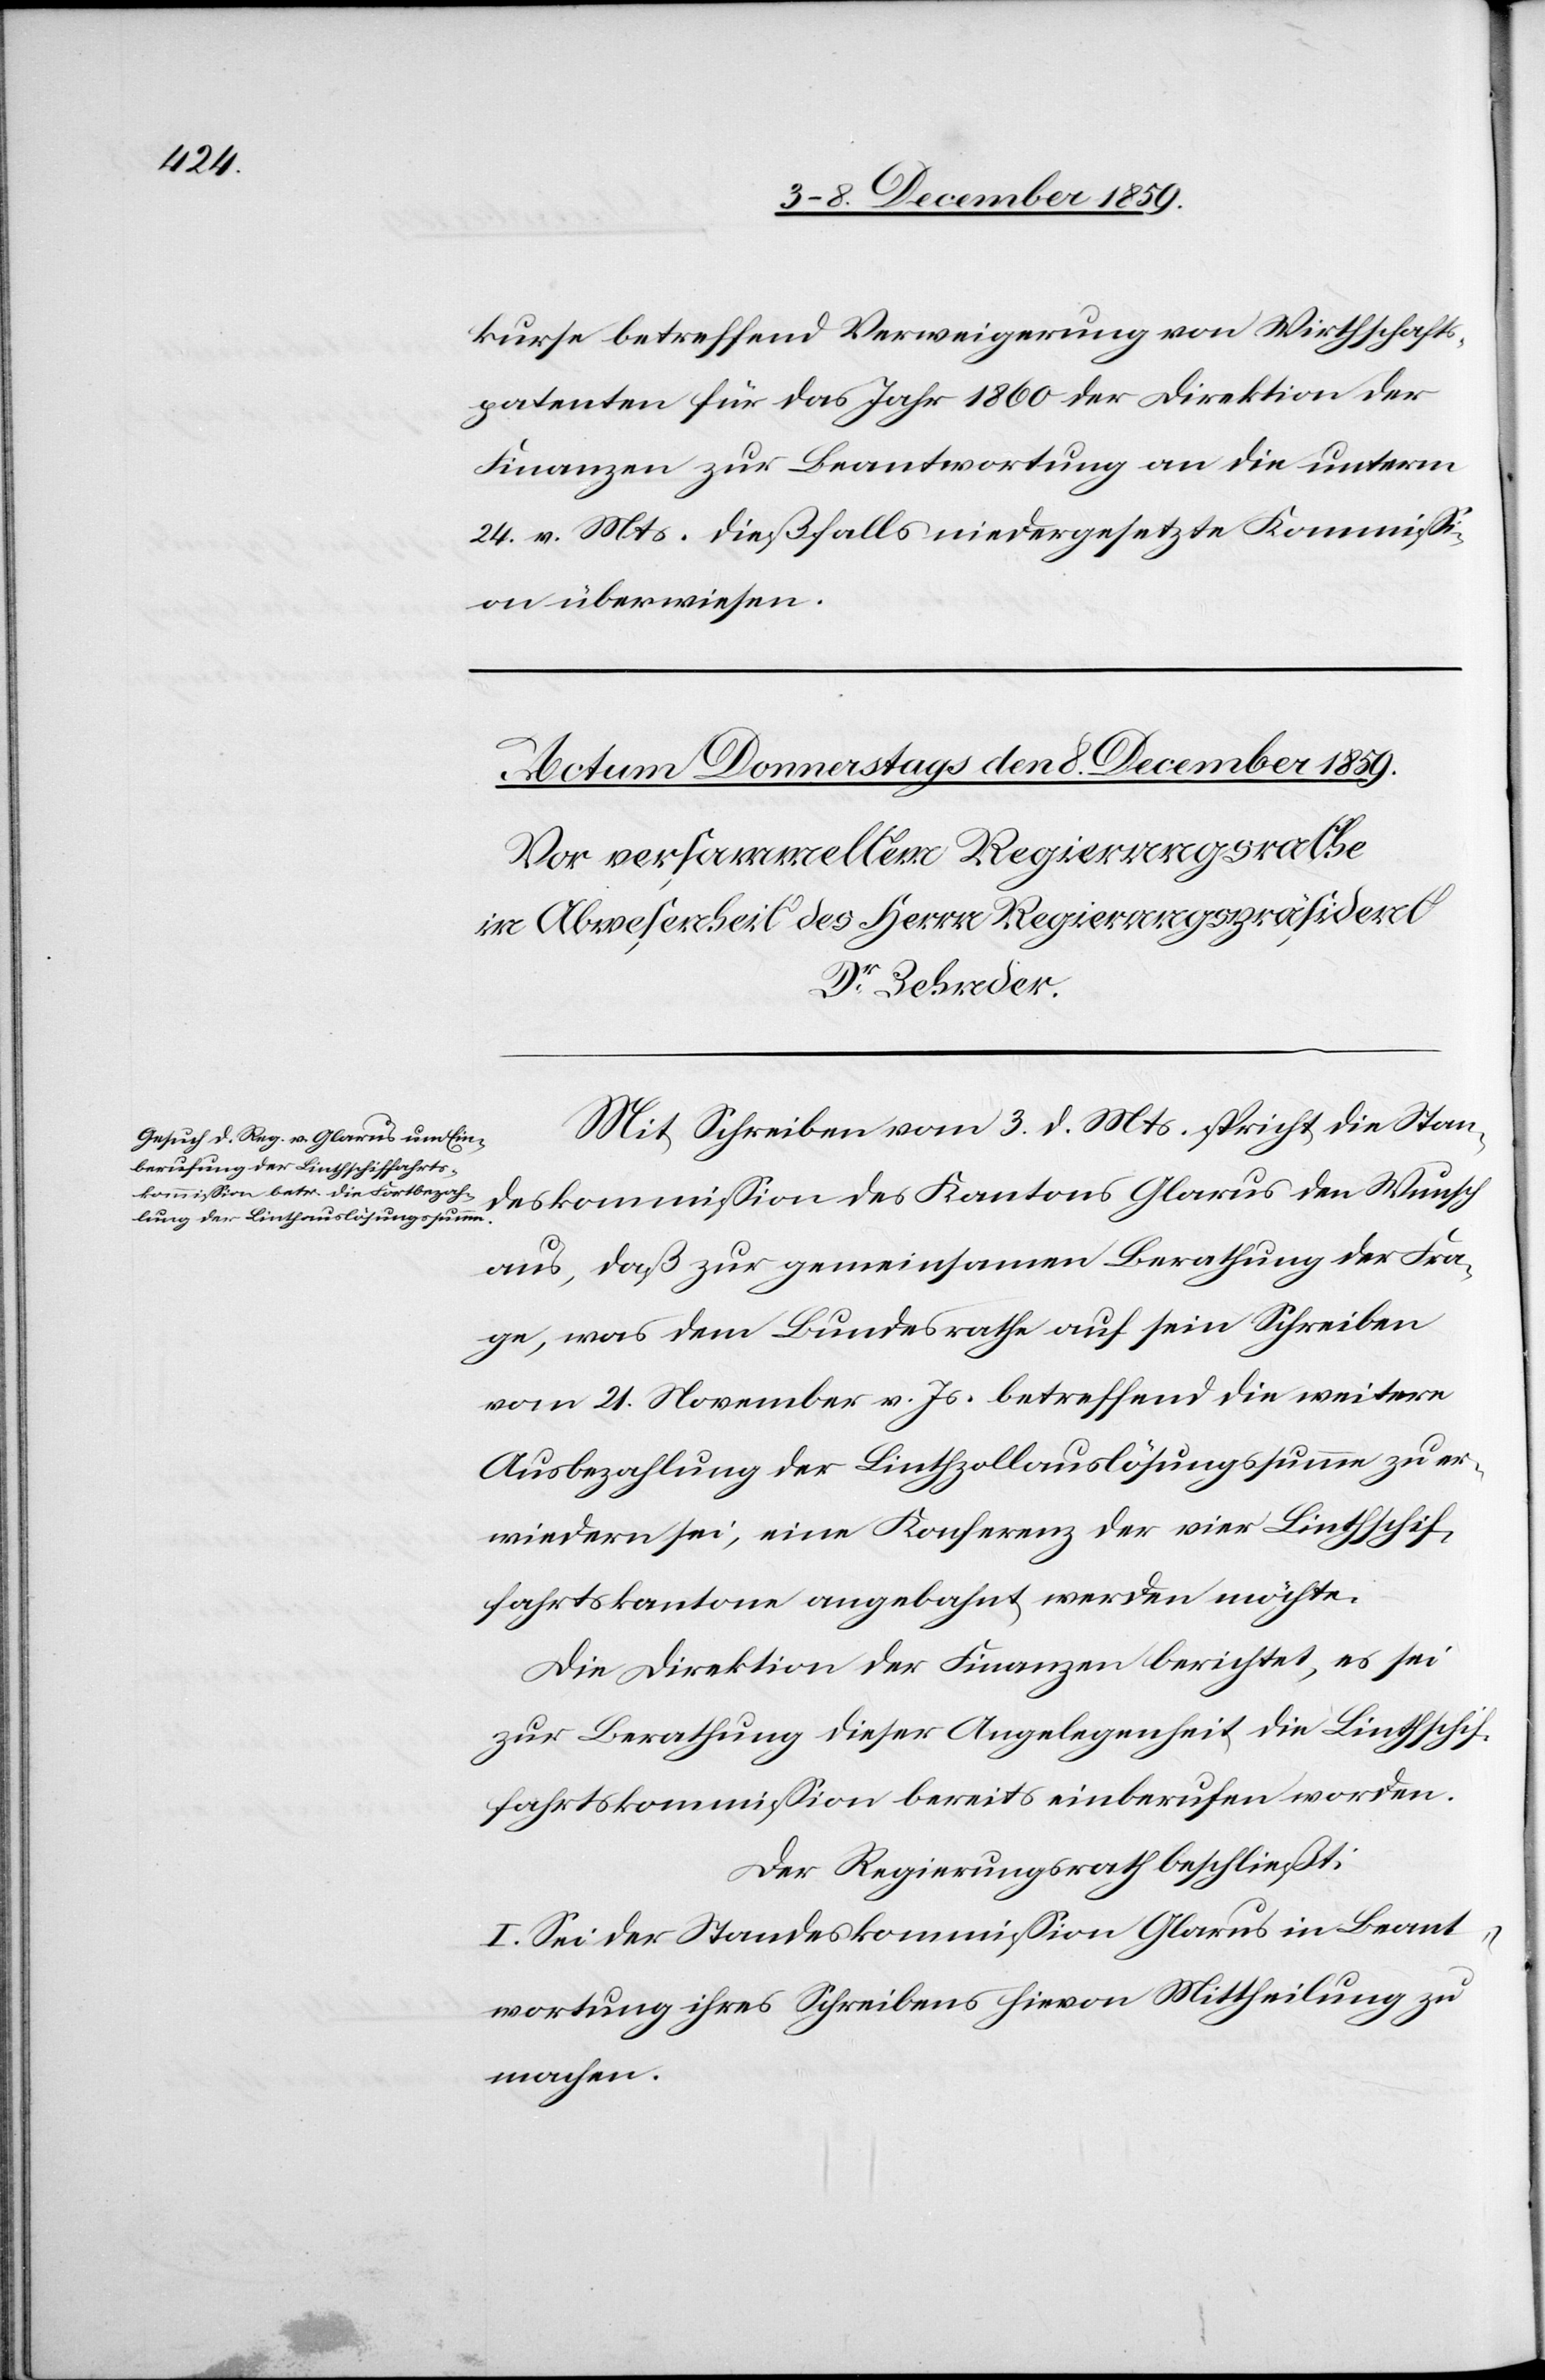
kurse betreffend Verweigerung von Wirthschafts¬
patenten für das Jahr 1860 der Direktion der
Finanzen zur Beantwortung an die unterm
24. v. Mts. dießfalls niedergesetzte Kommissi¬
on überwiesen.
Mit Schreiben vom 3. d. Mts. spricht die Stan¬
deskommission des Kantons Glarus den Wunsch
aus, daß zur gemeinsamen Berathung der Fra¬
ge, was dem Bundesrathe auf sein Schreiben
vom 21. November v. Js. betreffend die weitere
Ausbezahlung der Linthauslösungssumme zu er¬
wiedern sei, eine Konferenz der vier Linthschif¬
fahrtskantone angebahnt werden möchte.
Die Direktion der Finanzen berichtet, es sei
zu Berathung dieser Angelegenheit die Linthschif¬
fahrtskommission bereits einberufen worden.
Der Regierungsrath beschließt:
I. Sei der Standeskommission Glarus in Beant¬
wortung ihres Schreibens hievon Mittheilung zu
machen.